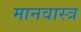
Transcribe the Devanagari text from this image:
मानवास्त्र